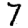
Digit: 7